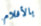
بالأفلام